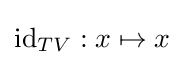
\mathrm {id} _{TV}:x\mapsto x